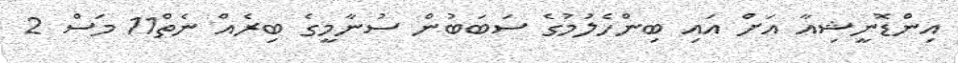
އިންޑޮނީޝިއާ އަށް އައި ބިންހެލުމުގެ ސަބަބުން ސުނާމީގެ ބިރެއް ނެތް11 މަސް 2